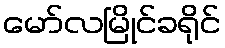
မော်လမြိုင်ခရိုင်